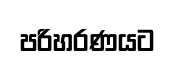
පරිහරණයට